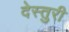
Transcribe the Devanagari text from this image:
देस्तुरी